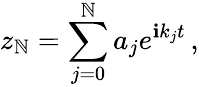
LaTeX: z_{\mathbb{N}}=\sum_{j=0}^{\mathbb{N}}a_{j}e^{\mathbf{i}k_{j}t}\, ,